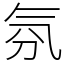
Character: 氛